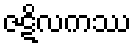
ဇဋိလကဿ